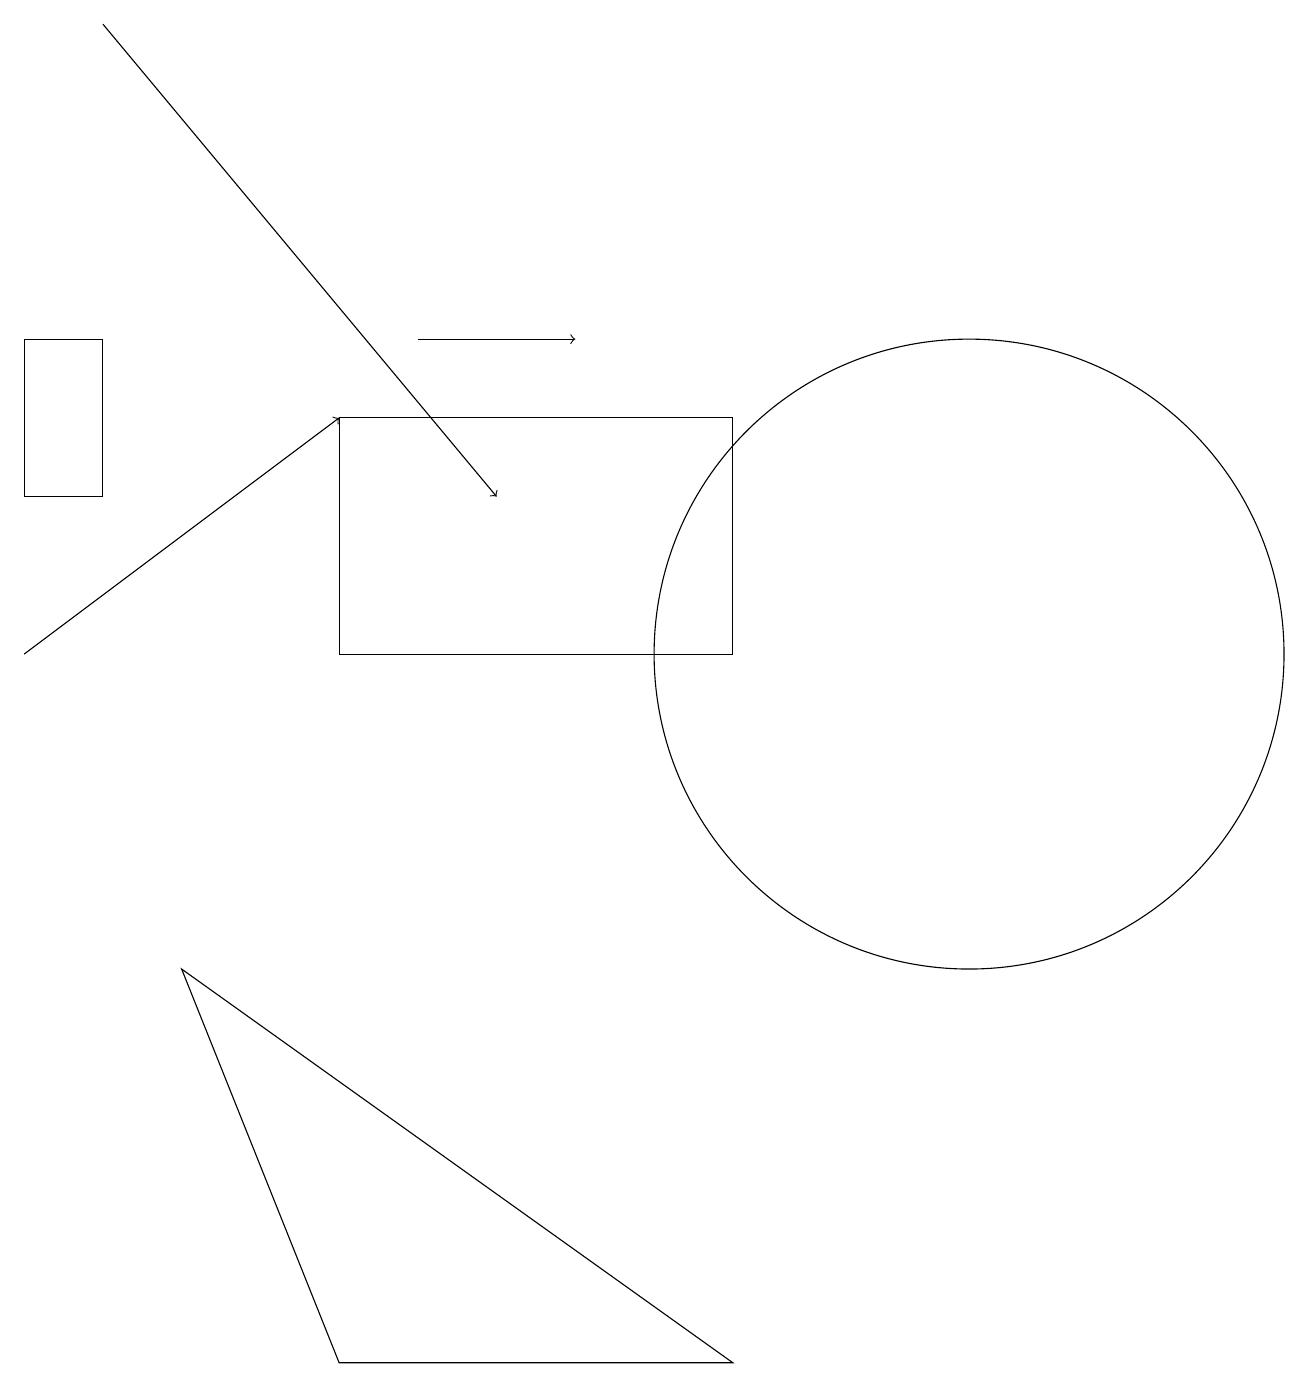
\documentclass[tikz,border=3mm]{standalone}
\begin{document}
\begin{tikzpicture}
\draw[->] (0,11) -- (4,14);
\draw (1,15) rectangle (0,13);
\draw[->] (5,15) -- (7,15);
\draw[->] (1,19) -- (6,13);
\draw (9,2) -- (2,7) -- (4,2) -- cycle;
\draw (4,11) rectangle (9,14);
\draw (12,11) circle (4);
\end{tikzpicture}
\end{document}